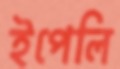
ইপেলি